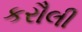
કરૌલી